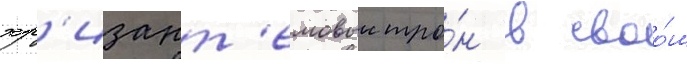
хр'изант'емовыи тро́н в своо́м